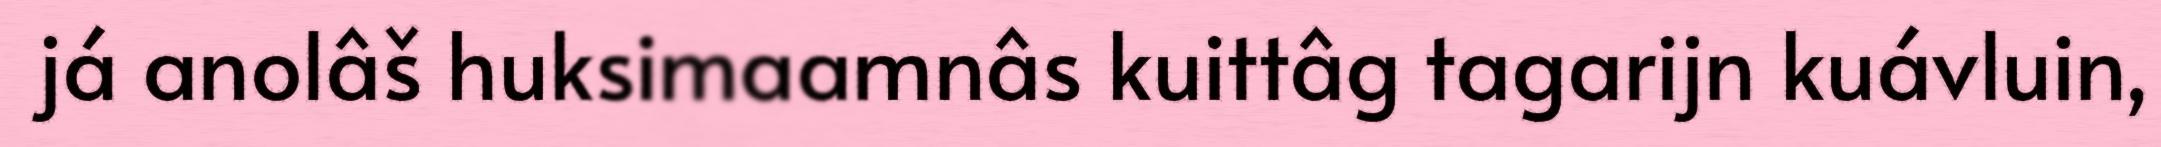
já anolâš huksimaamnâs kuittâg tagarijn kuávluin,